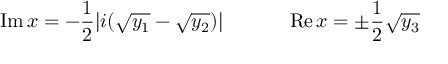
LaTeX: \mathrm { I m } \, x = - \frac { 1 } { 2 } | i ( \sqrt { y _ { 1 } } - \sqrt { y _ { 2 } } ) | \ \ \ \ \ \ \ \ \ \ \mathrm { R e } \, x = \pm \frac { 1 } { 2 } \sqrt { y _ { 3 } }